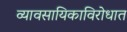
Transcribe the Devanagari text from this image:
व्यावसायिकाविरोधात